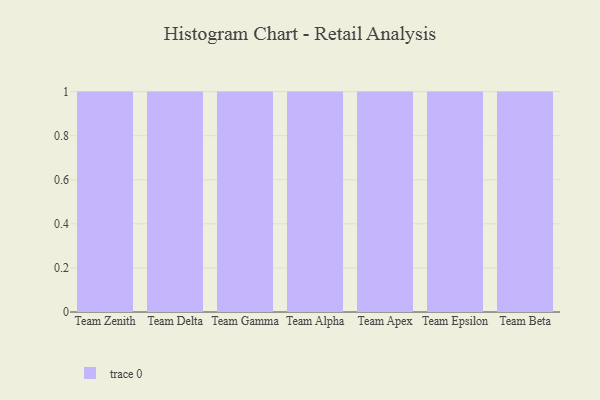
{"axis": {"x": "Team", "y": "Website Visitors"}, "legend": [""], "data": [{"x": "Team Zenith", "y": 89, "type": ""}, {"x": "Team Delta", "y": 81, "type": ""}, {"x": "Team Gamma", "y": 100, "type": ""}, {"x": "Team Alpha", "y": 87, "type": ""}, {"x": "Team Apex", "y": 28, "type": ""}, {"x": "Team Epsilon", "y": 52, "type": ""}, {"x": "Team Beta", "y": 93, "type": ""}]}